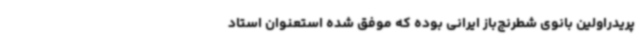
پریدراولین بانوی شطرنج‌باز ایرانی‌ بوده که موفق شده استعنوان استاد